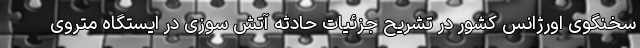
سخنگوی اورژانس کشور در تشریح جزئیات حادثه آتش سوزی در ایستگاه متروی